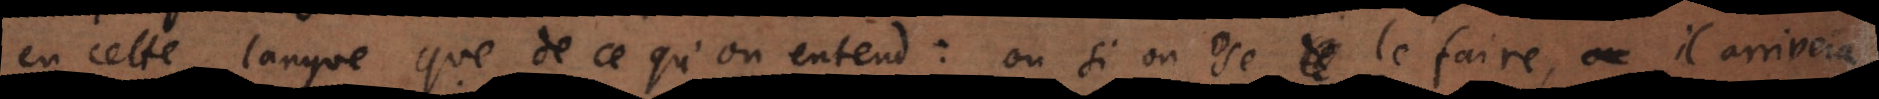
en cette langue que de ce qu’on entend: ou si on ose le faire, il arrivera